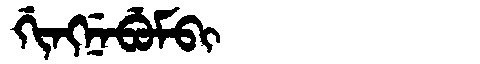
Manchu: ᡤᡳᠩᠨᡝᠪᡠᠮᠪᡳ
Romanization: GINGNEBUMBI